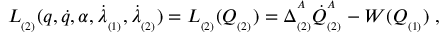
L _ { _ { ( 2 ) } } ( q , \dot { q } , \alpha , \dot { \lambda } _ { _ { ( 1 ) } } , \dot { \lambda } _ { _ { ( 2 ) } } ) = L _ { _ { ( 2 ) } } ( Q _ { _ { ( 2 ) } } ) = \Delta _ { _ { ( 2 ) } } ^ { ^ A } \dot { Q } _ { _ { ( 2 ) } } ^ { ^ A } - W ( Q _ { _ { ( 1 ) } } ) \; ,